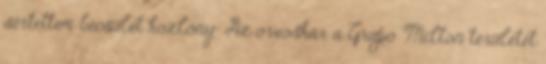
sértettem becsület kozlony: Az orvoskar a Grupo Milton területét